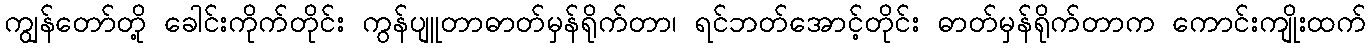
ကျွန်တော်တို့ ခေါင်းကိုက်တိုင်း ကွန်ပျူတာဓာတ်မှန်ရိုက်တာ၊ ရင်ဘတ်အောင့်တိုင်း ဓာတ်မှန်ရိုက်တာက ကောင်းကျိုးထက်